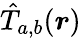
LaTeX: \hat{T}_{{a,b}}(\boldsymbol{r})